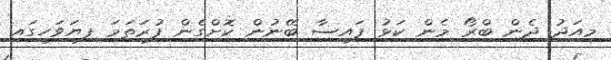
މިއަދު ދެން ބްރޯ މެން ކަޅު ފައިސާ ބޭނުން ކޮށްގެން ފުރަތަމަ ފިޔަވަހީގައި